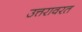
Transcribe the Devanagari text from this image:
उत्तरावरत